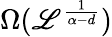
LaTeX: \Omega(\mathscr{L}^{\frac{{1}}{{\alpha-d}}})